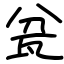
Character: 瓫